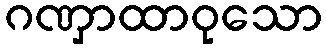
ဂဏှာထာဝုသော